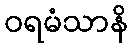
ဝရမံသာနိ